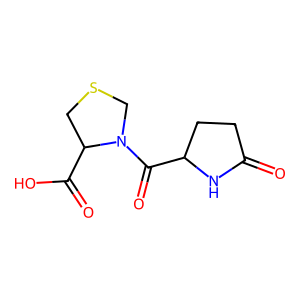
SMILES: O=C1CCC(C(=O)N2CSCC2C(=O)O)N1
Inhibits HIV replication: No